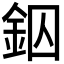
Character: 𨥱